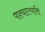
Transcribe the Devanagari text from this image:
पाश्चात्त्यासि